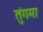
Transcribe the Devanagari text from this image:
तुंगमा